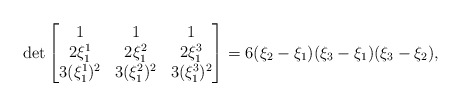
\begin{align*} \det \begin{bmatrix} 1&1&1\\ 2\xi_1^1&2\xi_1^2&2\xi_1^3 \\ 3(\xi_1^1)^2&3(\xi_1^2)^2&3(\xi_1^3)^2 \end{bmatrix}&= 6(\xi_2-\xi_1)(\xi_3-\xi_1)(\xi_3-\xi_2),\end{align*}